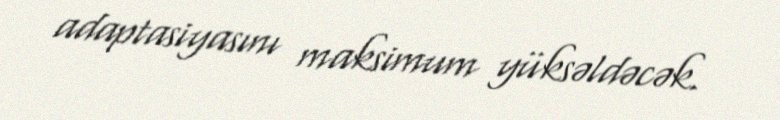
adaptasiyasını maksimum yüksəldəcək.